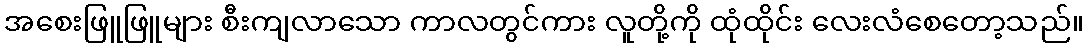
အစေးဖြူဖြူများ စီးကျလာသော ကာလတွင်ကား လူတို့ကို ထုံထိုင်း လေးလံစေတော့သည်။